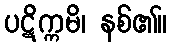
ပဋိက္ကမိ၊ နစ်၏။